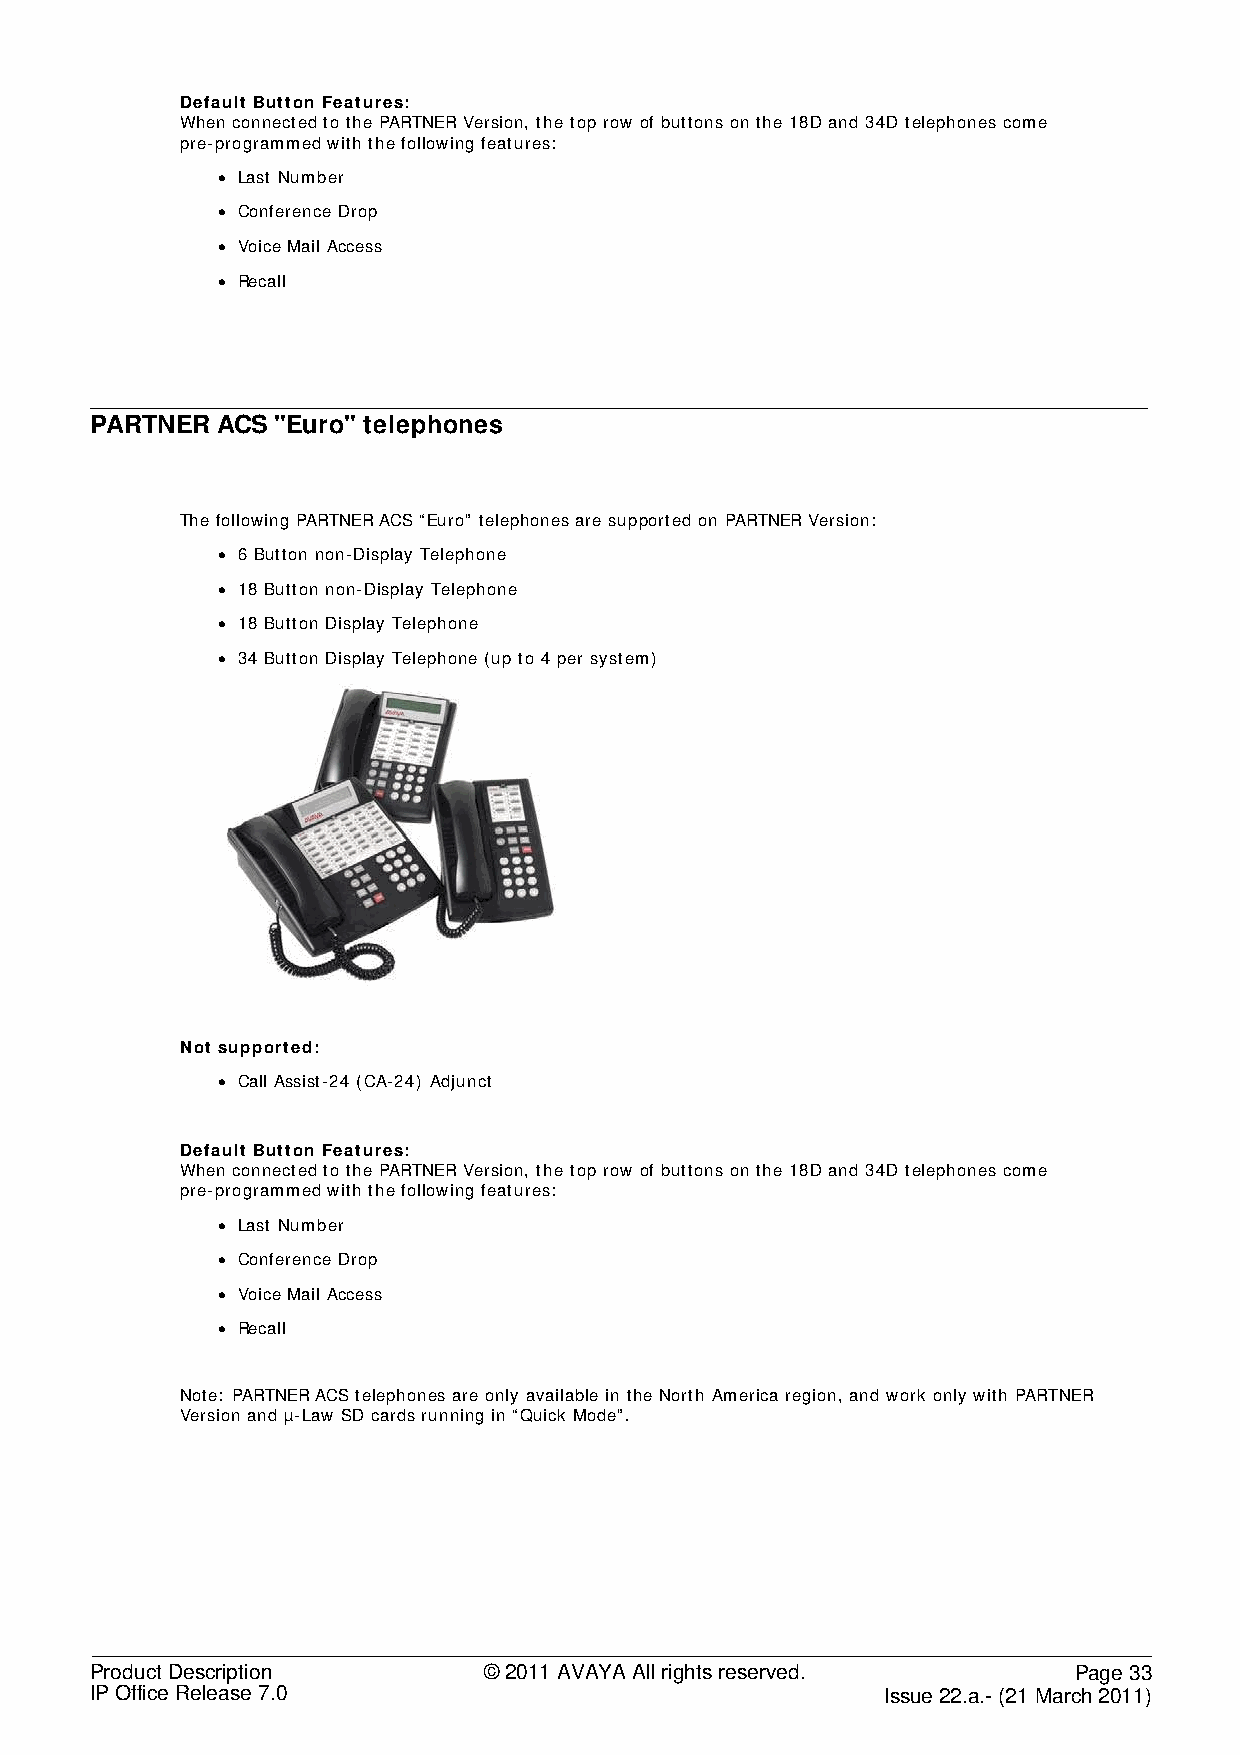
Default Button Features:
 When connected to the PARTNER Version, the top row of buttons on the 18D and 34D telephones come
 pre-programmed with the following features:
 • Last Number
 • Conference Drop
 • Voice Mail Access
 • Recall
 PARTNER ACS "Euro" telephones
 The following PARTNER ACS “Euro” telephones are supported on PARTNER Version:
 • 6 Button non-Display Telephone
 • 18 Button non-Display Telephone
 • 18 Button Display Telephone
 • 34 Button Display Telephone (up to 4 per system)
 Not supported:
 • Call Assist-24 (CA-24) Adjunct
 Default Button Features:
 When connected to the PARTNER Version, the top row of buttons on the 18D and 34D telephones come
 pre-programmed with the following features:
 • Last Number
 • Conference Drop
 • Voice Mail Access
 • Recall
 Note: PARTNER ACS telephones are only available in the North America region, and work only with PARTNER
 Version and µ-Law SD cards running in “Quick Mode”.
 Product Description       © 2011 AVAYA All rights reserved.      Page 33
 IP Office Release 7.0                                Issue 22.a.- (21 March 2011)